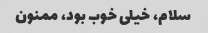
سلام، خیلی خوب بود، ممنون